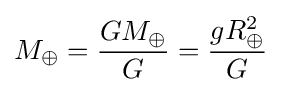
M_{\oplus }={\frac {GM_{\oplus }}{G}}={\frac {gR_{\oplus }^{2}}{G}}